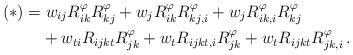
LaTeX: \begin{align*}(\ast) & = w_{ij} R^\varphi_{ik} R^\varphi_{kj} + w_j R^\varphi_{ik} R^\varphi_{kj,i} + w_j R^\varphi_{ik,i} R^\varphi_{kj} \\& \phantom{=\;} + w_{ti} R_{ijkt} R^\varphi_{jk} + w_t R_{ijkt,i} R^\varphi_{jk} + w_t R_{ijkt} R^\varphi_{jk,i} \, .\end{align*}